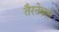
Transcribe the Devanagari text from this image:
तैरनेवले